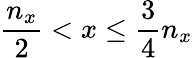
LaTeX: \frac{n_{x}}{2}<x\leq\frac{3}{4}n_{x}